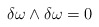
\begin{align*}\delta \omega\wedge\delta \omega = 0\end{align*}